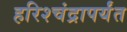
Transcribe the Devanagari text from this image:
हरिश्चंद्रापर्यंत